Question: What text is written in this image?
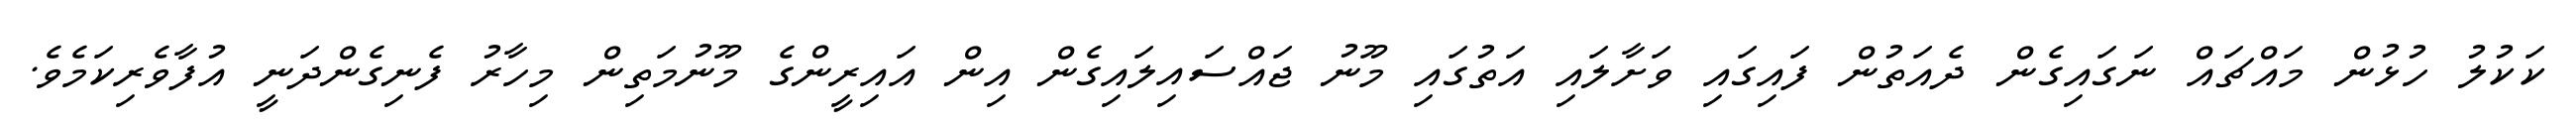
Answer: ކަކުލު ހުޅުން މައްޗައް ނަގައިގެން ދެއަތުން ފައިގައި ވަށާލައި އަތުގައި މޫނު ޖައްސައިލައިގެން އިން އައިރީންގެ މޫނުމަތިން މިހާރު ފެނިގެންދަނީ އުފާވެރިކަމެވެ.